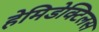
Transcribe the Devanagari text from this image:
हेमिडेक्टिलस